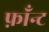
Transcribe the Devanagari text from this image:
फ़ाँन्ट